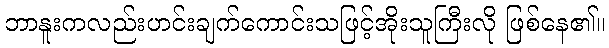
ဘာနူးကလည်းဟင်းချက်ကောင်းသဖြင့်အိုးသူကြီးလို ဖြစ်နေ၏။